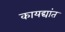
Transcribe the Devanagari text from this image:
कायद्यांत